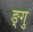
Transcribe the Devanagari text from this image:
ङ्गु